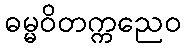
ဓမ္မဝိတက္ကညေဝ